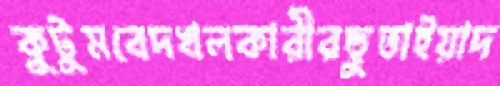
কুটুমবেদখলকারীরছুতাইয়াদ